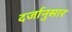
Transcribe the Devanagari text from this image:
दर्जानुसार